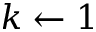
k \gets 1